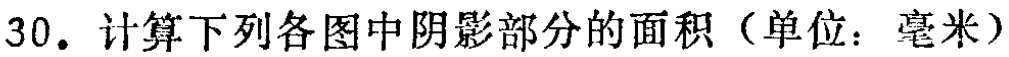
30. 计算下列各图中阴影部分的面积（单位：毫米）